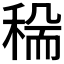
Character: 𥟺